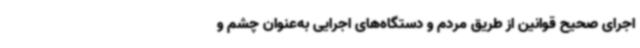
اجرای صحیح قوانین از طریق مردم و دستگاه‌های اجرایی به‌عنوان چشم و